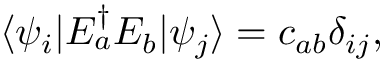
\langle \psi _ { i } | E _ { a } ^ { \dagger } E _ { b } | \psi _ { j } \rangle = c _ { a b } \delta _ { i j } ,